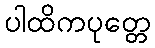
ပါထိကပုတ္တေ